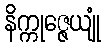
နိက္ကုဇ္ဇေယျုံ